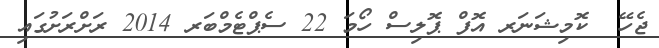
ޖެހޭ  ކޮމިޝަނަރ އޮފް ޕޮލިސް ހޯމަ 22 ސެޕްޓެމްބަރ 2014 ރަށްރަށުގައި